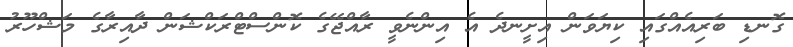
ގޮނޑި ބަރިއެއްގައި ކިޔަވަން އިށީނދެ އެ އިންނެވީ ރާއްޖޭގެ ކޮންސްޓްރަކްޝަން ދާއިރާގެ މަޝްހޫރު